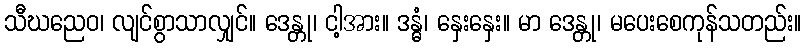
သီဃညေဝ၊ လျင်စွာသာလျှင်။ ဒေန္တု၊ ငါ့အား။ ဒန္ဓံ၊ နှေးနှေး။ မာ ဒေန္တု၊ မပေးစေကုန်သတည်း။